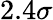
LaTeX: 2.4\sigma